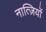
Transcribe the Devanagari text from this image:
नात्ज़ियों